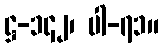
ဋ္ဌ-၁၄၂၊ ပါ-၇၁။